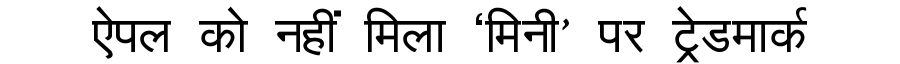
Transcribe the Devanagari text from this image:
ऐपल को नहीं मिला ‘मिनी’ पर ट्रेडमार्क